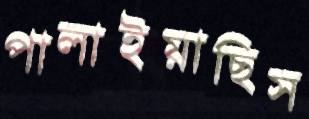
পালাইয়াছিস